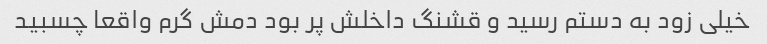
خیلی زود به دستم رسید و قشنگ داخلش پر بود دمش گرم واقعا چسبید